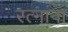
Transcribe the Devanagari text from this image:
रत्नांना